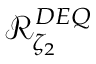
\mathcal { R } _ { \zeta _ { 2 } } ^ { D E Q }